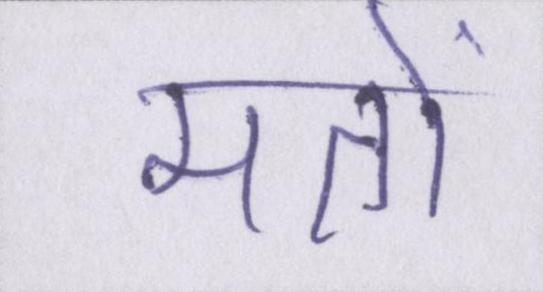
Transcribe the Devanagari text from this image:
मतों